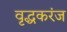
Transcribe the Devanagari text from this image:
वृद्धकरंज